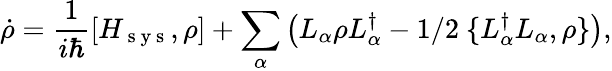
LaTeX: \dot{\rho}=\frac{1}{i\hbar}\left[H_{\mathrm{~s~y~s~}},\rho\right]+\sum_{\alpha}\left(L_{\alpha}\rho L_{\alpha}^{\dagger}-1/2~\{ L_{\alpha}^{\dagger}L_{\alpha},\rho\} \right),